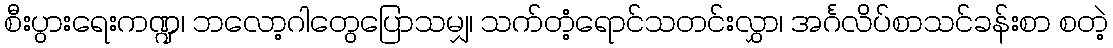
စီးပွားရေးကဏ္ဍ၊ ဘလော့ဂါတွေပြောသမျှ၊ သက်တံ့ရောင်သတင်းလွှာ၊ အင်္ဂလိပ်စာသင်ခန်းစာ စတဲ့